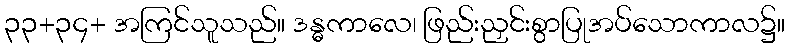
၃၃+၃၄+ အကြင်သူသည်။ ဒန္ဓကာလေ၊ ဖြည်းညှင်းစွာပြုအပ်သောကာလ၌။